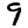
Digit: 9